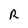
Character: R